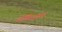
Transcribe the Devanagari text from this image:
डोमिसाइल